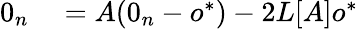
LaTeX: \begin{array}{rl}{0_{n}}&{{}=A(0_{n}-o^{*})-2L[A]o^{*}}\end{array}